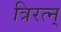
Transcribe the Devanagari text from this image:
त्रिरत्न्